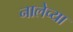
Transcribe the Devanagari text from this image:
नालेच्या